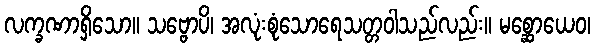
လက္ခဏာရှိသော။ သဗ္ဗောပိ၊ အလုံးစုံသောရေသတ္တဝါသည်လည်း။ မစ္ဆောယေဝ၊